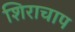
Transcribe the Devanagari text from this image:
शिराचाप